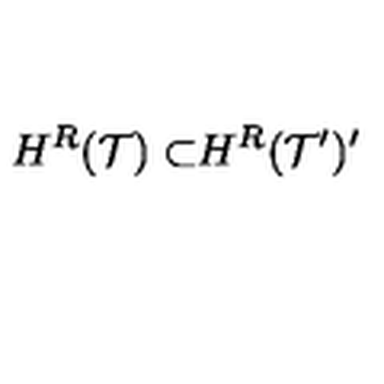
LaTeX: H ^ { R } { \cal ( T ) \subset } H ^ { R } { \cal ( T ^ { \prime } ) ^ { \prime } }